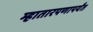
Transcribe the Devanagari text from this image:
म्हातारपणापर्यंत